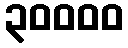
၃၀၀၀၀